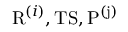
\mathrm { R } ^ { ( i ) } , \mathrm { T S } , \mathrm { P ^ { ( j ) } }